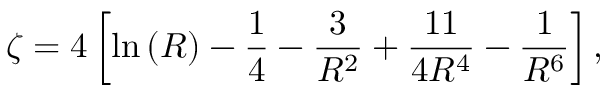
\zeta = 4 \left[ \ln \left( R \right) - \frac { 1 } { 4 } - \frac { 3 } { R ^ { 2 } } + \frac { 1 1 } { 4 R ^ { 4 } } - \frac { 1 } { R ^ { 6 } } \right] ,